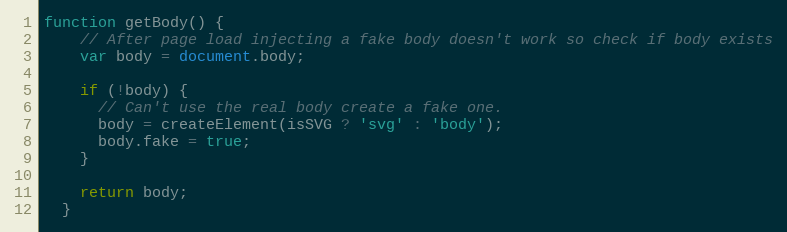
Language: JavaScript
function getBody() {
    // After page load injecting a fake body doesn't work so check if body exists
    var body = document.body;

    if (!body) {
      // Can't use the real body create a fake one.
      body = createElement(isSVG ? 'svg' : 'body');
      body.fake = true;
    }

    return body;
  }